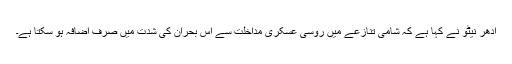
ادھر نیٹو نے کہا ہے کہ شامی تنازعے میں روسی عسکری مداخلت سے اس بحران کی شدت میں صرف اضافہ ہو سکتا ہے۔